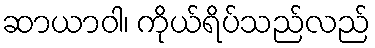
ဆာယာဝါ၊ ကိုယ်ရိပ်သည်လည်